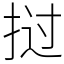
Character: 挝